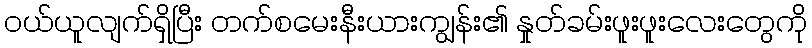
ဝယ်ယူလျက်ရှိပြီး တက်စမေးနီးယားကျွန်း၏ နှုတ်ခမ်းဖူးဖူးလေးတွေကို